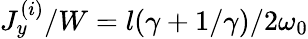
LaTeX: J_{y}^{(i)}/W=l(\gamma+1/\gamma)/2\omega_{0}